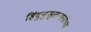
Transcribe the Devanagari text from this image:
हिंदुमुसुलमानांच्या